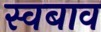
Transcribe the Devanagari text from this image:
स्वबाव